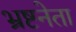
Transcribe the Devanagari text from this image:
भ्रष्टनेता